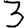
Digit: 3